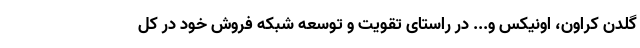
گلدن کراون، اونیکس و... در راستای تقویت و توسعه شبکه فروش خود در کل